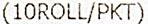
(10ROLL/PKT)